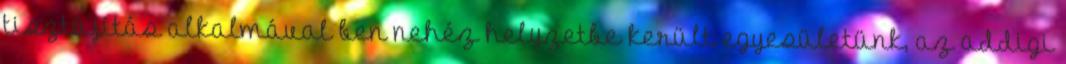
tisztújítás alkalmával ben nehéz helyzetbe került egyesületünk, az addigi